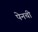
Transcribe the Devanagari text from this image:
पेनची